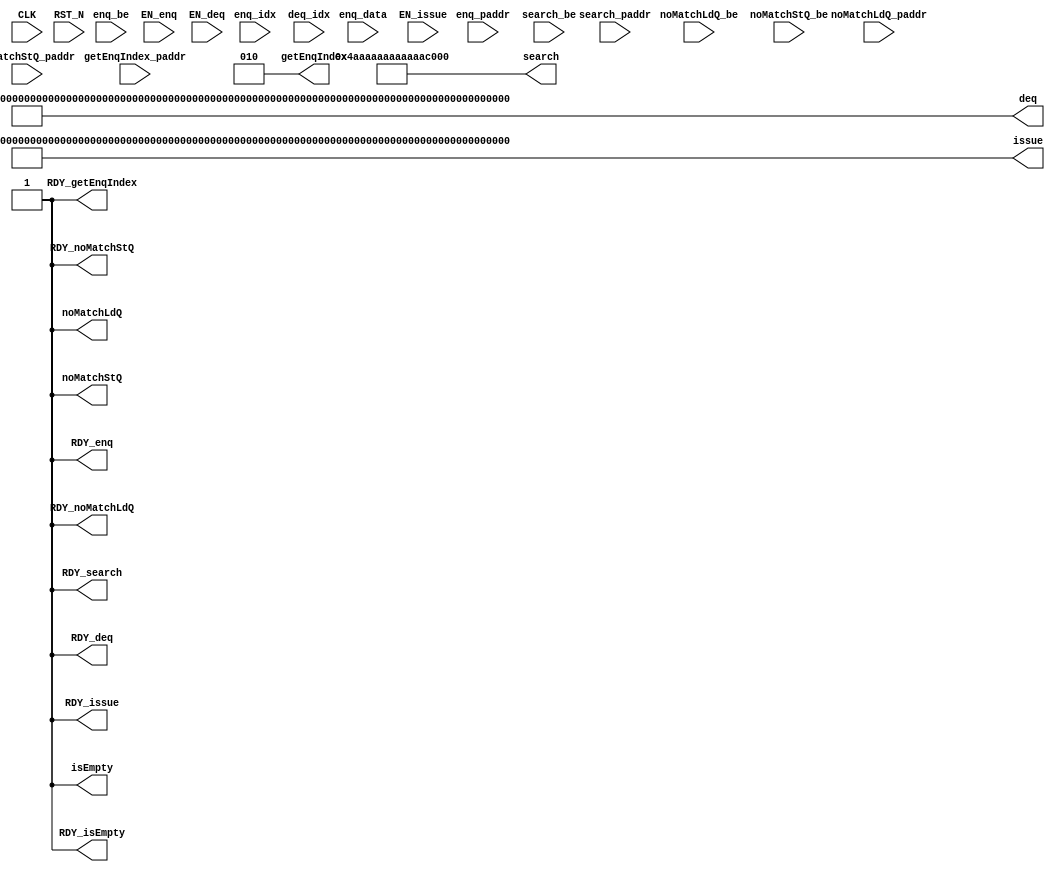
//
// Generated by Bluespec Compiler, version 2019.05.beta2 (build a88bf40db, 2019-05-24)
//
//
//
//
// Ports:
// Name                         I/O  size props
// isEmpty                        O     1 const
// RDY_isEmpty                    O     1 const
// getEnqIndex                    O     3 const
// RDY_getEnqIndex                O     1 const
// RDY_enq                        O     1 const
// deq                            O   634 const
// RDY_deq                        O     1 const
// issue                          O   636 const
// RDY_issue                      O     1 const
// search                         O    68 const
// RDY_search                     O     1 const
// noMatchLdQ                     O     1 const
// RDY_noMatchLdQ                 O     1 const
// noMatchStQ                     O     1 const
// RDY_noMatchStQ                 O     1 const
// CLK                            I     1 unused
// RST_N                          I     1 unused
// getEnqIndex_paddr              I    64 unused
// enq_idx                        I     2 unused
// enq_paddr                      I    64 unused
// enq_be                         I     8 unused
// enq_data                       I    64 unused
// deq_idx                        I     2 unused
// search_paddr                   I    64 unused
// search_be                      I     8 unused
// noMatchLdQ_paddr               I    64 unused
// noMatchLdQ_be                  I     8 unused
// noMatchStQ_paddr               I    64 unused
// noMatchStQ_be                  I     8 unused
// EN_enq                         I     1 unused
// EN_deq                         I     1 unused
// EN_issue                       I     1 unused
//
// No combinational paths from inputs to outputs
//
//

`ifdef BSV_ASSIGNMENT_DELAY
`else
  `define BSV_ASSIGNMENT_DELAY
`endif

`ifdef BSV_POSITIVE_RESET
  `define BSV_RESET_VALUE 1'b1
  `define BSV_RESET_EDGE posedge
`else
  `define BSV_RESET_VALUE 1'b0
  `define BSV_RESET_EDGE negedge
`endif

module mkDummyStoreBuffer(CLK,
			  RST_N,

			  isEmpty,
			  RDY_isEmpty,

			  getEnqIndex_paddr,
			  getEnqIndex,
			  RDY_getEnqIndex,

			  enq_idx,
			  enq_paddr,
			  enq_be,
			  enq_data,
			  EN_enq,
			  RDY_enq,

			  deq_idx,
			  EN_deq,
			  deq,
			  RDY_deq,

			  EN_issue,
			  issue,
			  RDY_issue,

			  search_paddr,
			  search_be,
			  search,
			  RDY_search,

			  noMatchLdQ_paddr,
			  noMatchLdQ_be,
			  noMatchLdQ,
			  RDY_noMatchLdQ,

			  noMatchStQ_paddr,
			  noMatchStQ_be,
			  noMatchStQ,
			  RDY_noMatchStQ);
  input  CLK;
  input  RST_N;

  // value method isEmpty
  output isEmpty;
  output RDY_isEmpty;

  // value method getEnqIndex
  input  [63 : 0] getEnqIndex_paddr;
  output [2 : 0] getEnqIndex;
  output RDY_getEnqIndex;

  // action method enq
  input  [1 : 0] enq_idx;
  input  [63 : 0] enq_paddr;
  input  [7 : 0] enq_be;
  input  [63 : 0] enq_data;
  input  EN_enq;
  output RDY_enq;

  // actionvalue method deq
  input  [1 : 0] deq_idx;
  input  EN_deq;
  output [633 : 0] deq;
  output RDY_deq;

  // actionvalue method issue
  input  EN_issue;
  output [635 : 0] issue;
  output RDY_issue;

  // value method search
  input  [63 : 0] search_paddr;
  input  [7 : 0] search_be;
  output [67 : 0] search;
  output RDY_search;

  // value method noMatchLdQ
  input  [63 : 0] noMatchLdQ_paddr;
  input  [7 : 0] noMatchLdQ_be;
  output noMatchLdQ;
  output RDY_noMatchLdQ;

  // value method noMatchStQ
  input  [63 : 0] noMatchStQ_paddr;
  input  [7 : 0] noMatchStQ_be;
  output noMatchStQ;
  output RDY_noMatchStQ;

  // signals for module outputs
  wire [635 : 0] issue;
  wire [633 : 0] deq;
  wire [67 : 0] search;
  wire [2 : 0] getEnqIndex;
  wire RDY_deq,
       RDY_enq,
       RDY_getEnqIndex,
       RDY_isEmpty,
       RDY_issue,
       RDY_noMatchLdQ,
       RDY_noMatchStQ,
       RDY_search,
       isEmpty,
       noMatchLdQ,
       noMatchStQ;

  // rule scheduling signals
  wire CAN_FIRE_deq,
       CAN_FIRE_enq,
       CAN_FIRE_issue,
       WILL_FIRE_deq,
       WILL_FIRE_enq,
       WILL_FIRE_issue;

  // value method isEmpty
  assign isEmpty = 1'd1 ;
  assign RDY_isEmpty = 1'd1 ;

  // value method getEnqIndex
  assign getEnqIndex = 3'd2 ;
  assign RDY_getEnqIndex = 1'd1 ;

  // action method enq
  assign RDY_enq = 1'd1 ;
  assign CAN_FIRE_enq = 1'd1 ;
  assign WILL_FIRE_enq = EN_enq ;

  // actionvalue method deq
  assign deq =
	     634'h2AAAAAAAAAAAAAAAAAAAAAAAAAAAAAAAAAAAAAAAAAAAAAAAAAAAAAAAAAAAAAAAAAAAAAAAAAAAAAAAAAAAAAAAAAAAAAAAAAAAAAAAAAAAAAAAAAAAAAAAAAAAAAAAAAAAAAAAAAAAAAAAAAAAAAAAAAAAAAA ;
  assign RDY_deq = 1'd1 ;
  assign CAN_FIRE_deq = 1'd1 ;
  assign WILL_FIRE_deq = EN_deq ;

  // actionvalue method issue
  assign issue =
	     636'hAAAAAAAAAAAAAAAAAAAAAAAAAAAAAAAAAAAAAAAAAAAAAAAAAAAAAAAAAAAAAAAAAAAAAAAAAAAAAAAAAAAAAAAAAAAAAAAAAAAAAAAAAAAAAAAAAAAAAAAAAAAAAAAAAAAAAAAAAAAAAAAAAAAAAAAAAAAAAAA ;
  assign RDY_issue = 1'd1 ;
  assign CAN_FIRE_issue = 1'd1 ;
  assign WILL_FIRE_issue = EN_issue ;

  // value method search
  assign search = 68'h4AAAAAAAAAAAAAAAA ;
  assign RDY_search = 1'd1 ;

  // value method noMatchLdQ
  assign noMatchLdQ = 1'd1 ;
  assign RDY_noMatchLdQ = 1'd1 ;

  // value method noMatchStQ
  assign noMatchStQ = 1'd1 ;
  assign RDY_noMatchStQ = 1'd1 ;
endmodule  // mkDummyStoreBuffer